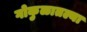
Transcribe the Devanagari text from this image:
गोकुळातल्या